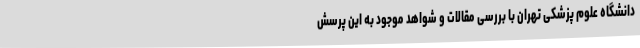
دانشگاه علوم پزشکی تهران با بررسی مقالات و شواهد موجود به این پرسش